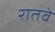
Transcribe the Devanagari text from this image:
रातवे